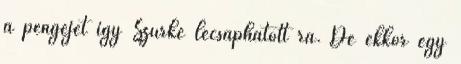
a pengéjét így Szürke lecsaphatott rá. De ekkor egy